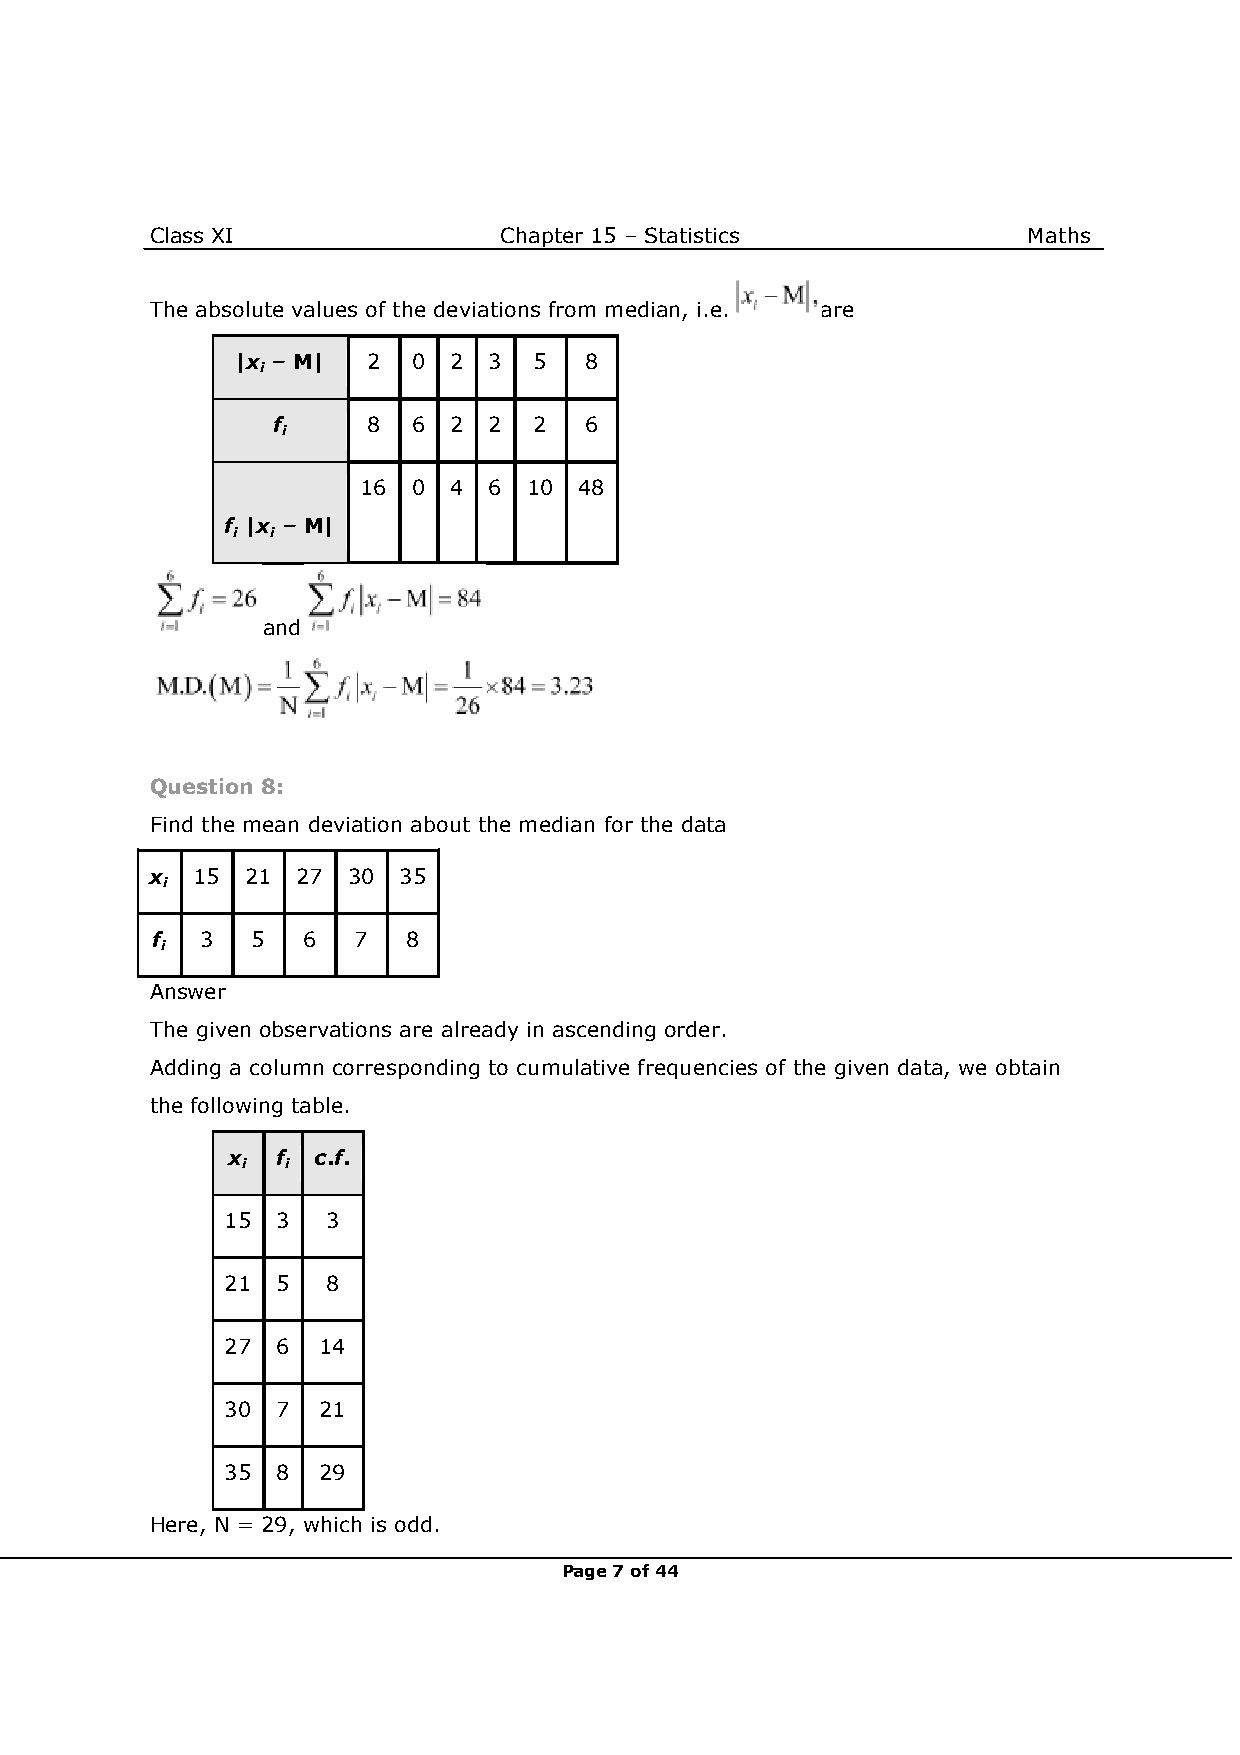
Class XI               Chapter 15 – Statistics            Maths
 The absolute values of the deviations from median, i.e. are
 |x – M| 2  0  2 3  5   8
 i
 f     8  6  2 2  2   6
 i
 16 0  4 6  10 48
 f |x – M|
 i  i
 and
 Question 8:
 Find the mean deviation about the median for the data
 x  15 21  27 30 35
 i
 f  3   5  6  7   8
 i
 Answer
 The given observations are already in ascending order.
 Adding a column corresponding to cumulative frequencies of the given data, we obtain
 the following table.
 x  f  c.f.
 i  i
 15 3   3
 21 5   8
 27 6  14
 30 7  21
 35 8  29
 Here, N = 29, which is odd.
 Page 7 of 44